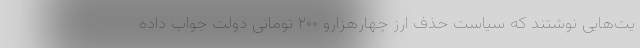
یت‌هایی نوشتند که سیاست حذف ارز چهارهزارو ۲۰۰ تومانی دولت جواب داده